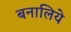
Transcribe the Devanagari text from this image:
बनालिये